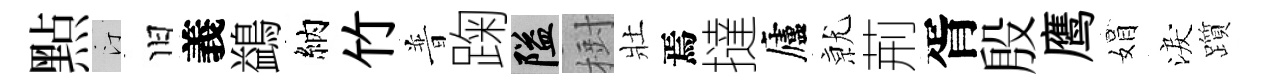
㸃汀旧義鷁納竹普踘隘𣗳壯焉撻廬𭕒荊胥殷鹰娟淚躓